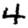
Digit: 4